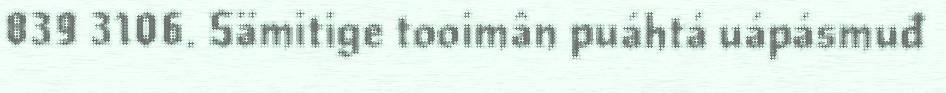
839 3106. Sämitige tooimân puáhtá uápásmuđ